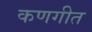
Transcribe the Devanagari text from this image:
कणगीत